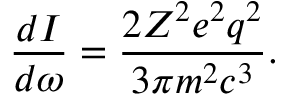
{ \frac { d I } { d \omega } } = { \frac { 2 Z ^ { 2 } e ^ { 2 } q ^ { 2 } } { 3 \pi m ^ { 2 } c ^ { 3 } } } .